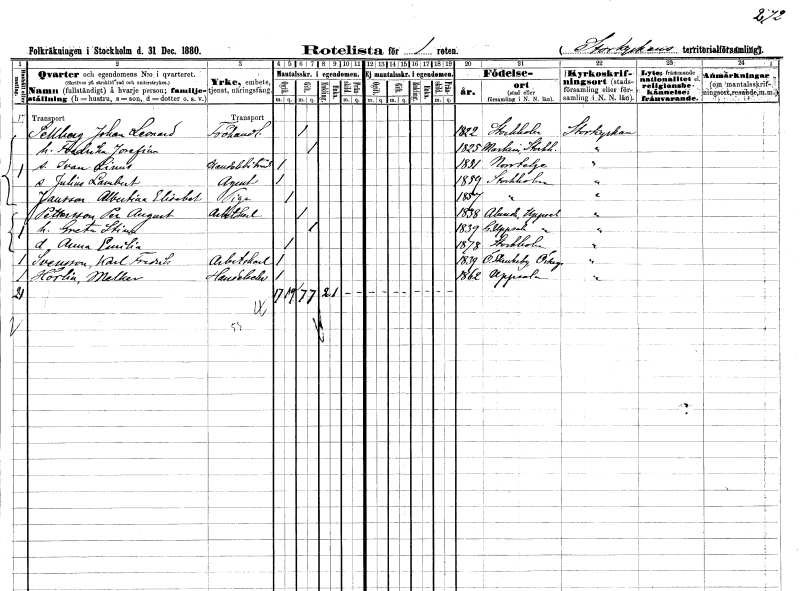
gt_parse: households: individuals: FN: Johan Leonard
EN: Sellberg
YRKE: Fröhandlare
KON: M
CIV: G
FODAR: 1822
FODFORS: Stockholm
FN: Fredrika Josefina
KON: K
CIV: G
FODAR: 1825
FODFORS: Markim Stockholms län
FN: Ivan Linus
YRKE: Handelsbiträde
KON: M
CIV: O
FODAR: 1851
FODFORS: Norrtälje Stockholms län
FN: Julius Lambert
YRKE: Agent
KON: M
CIV: O
FODAR: 1859
FODFORS: Stockholm
FN: Albertina Elisabet
EN: Jansson
YRKE: Piga
KON: K
CIV: O
FODAR: 1857
FODFORS: Stockholm
FN: Per August
EN: Pettersson
YRKE: Arbetskarl
KON: M
CIV: G
FODAR: 1838
FODFORS: Alunda Uppsala län
FN: Greta Stina
KON: K
CIV: G
FODAR: 1839
FODFORS: Gamla Uppsala Uppsala län
FN: Anna Emilia
KON: K
CIV: O
FODAR: 1878
FODFORS: Stockholm
FN: Karl Fredrik
EN: Svensson
YRKE: Arbetskarl
KON: M
CIV: O
FODAR: 1839
FODFORS: Östra Skrukeby Östergötlands län
FN: Melker
EN: Horlin
YRKE: Handelselev
KON: M
CIV: O
FODAR: 1862
FODFORS: Uppsala Uppsala län